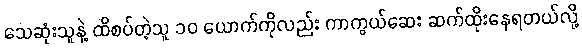
သေဆုံးသူနဲ့ ထိစပ်တဲ့သူ ၁၀ ယောက်ကိုလည်း ကာကွယ်ဆေး ဆက်ထိုးနေရတယ်လို့